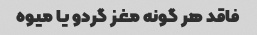
فاقد هر گونه مغز گردو یا میوه